65_HS1-834228961_62-HQ-83894_Section_10
Agency: FBI
Page 77
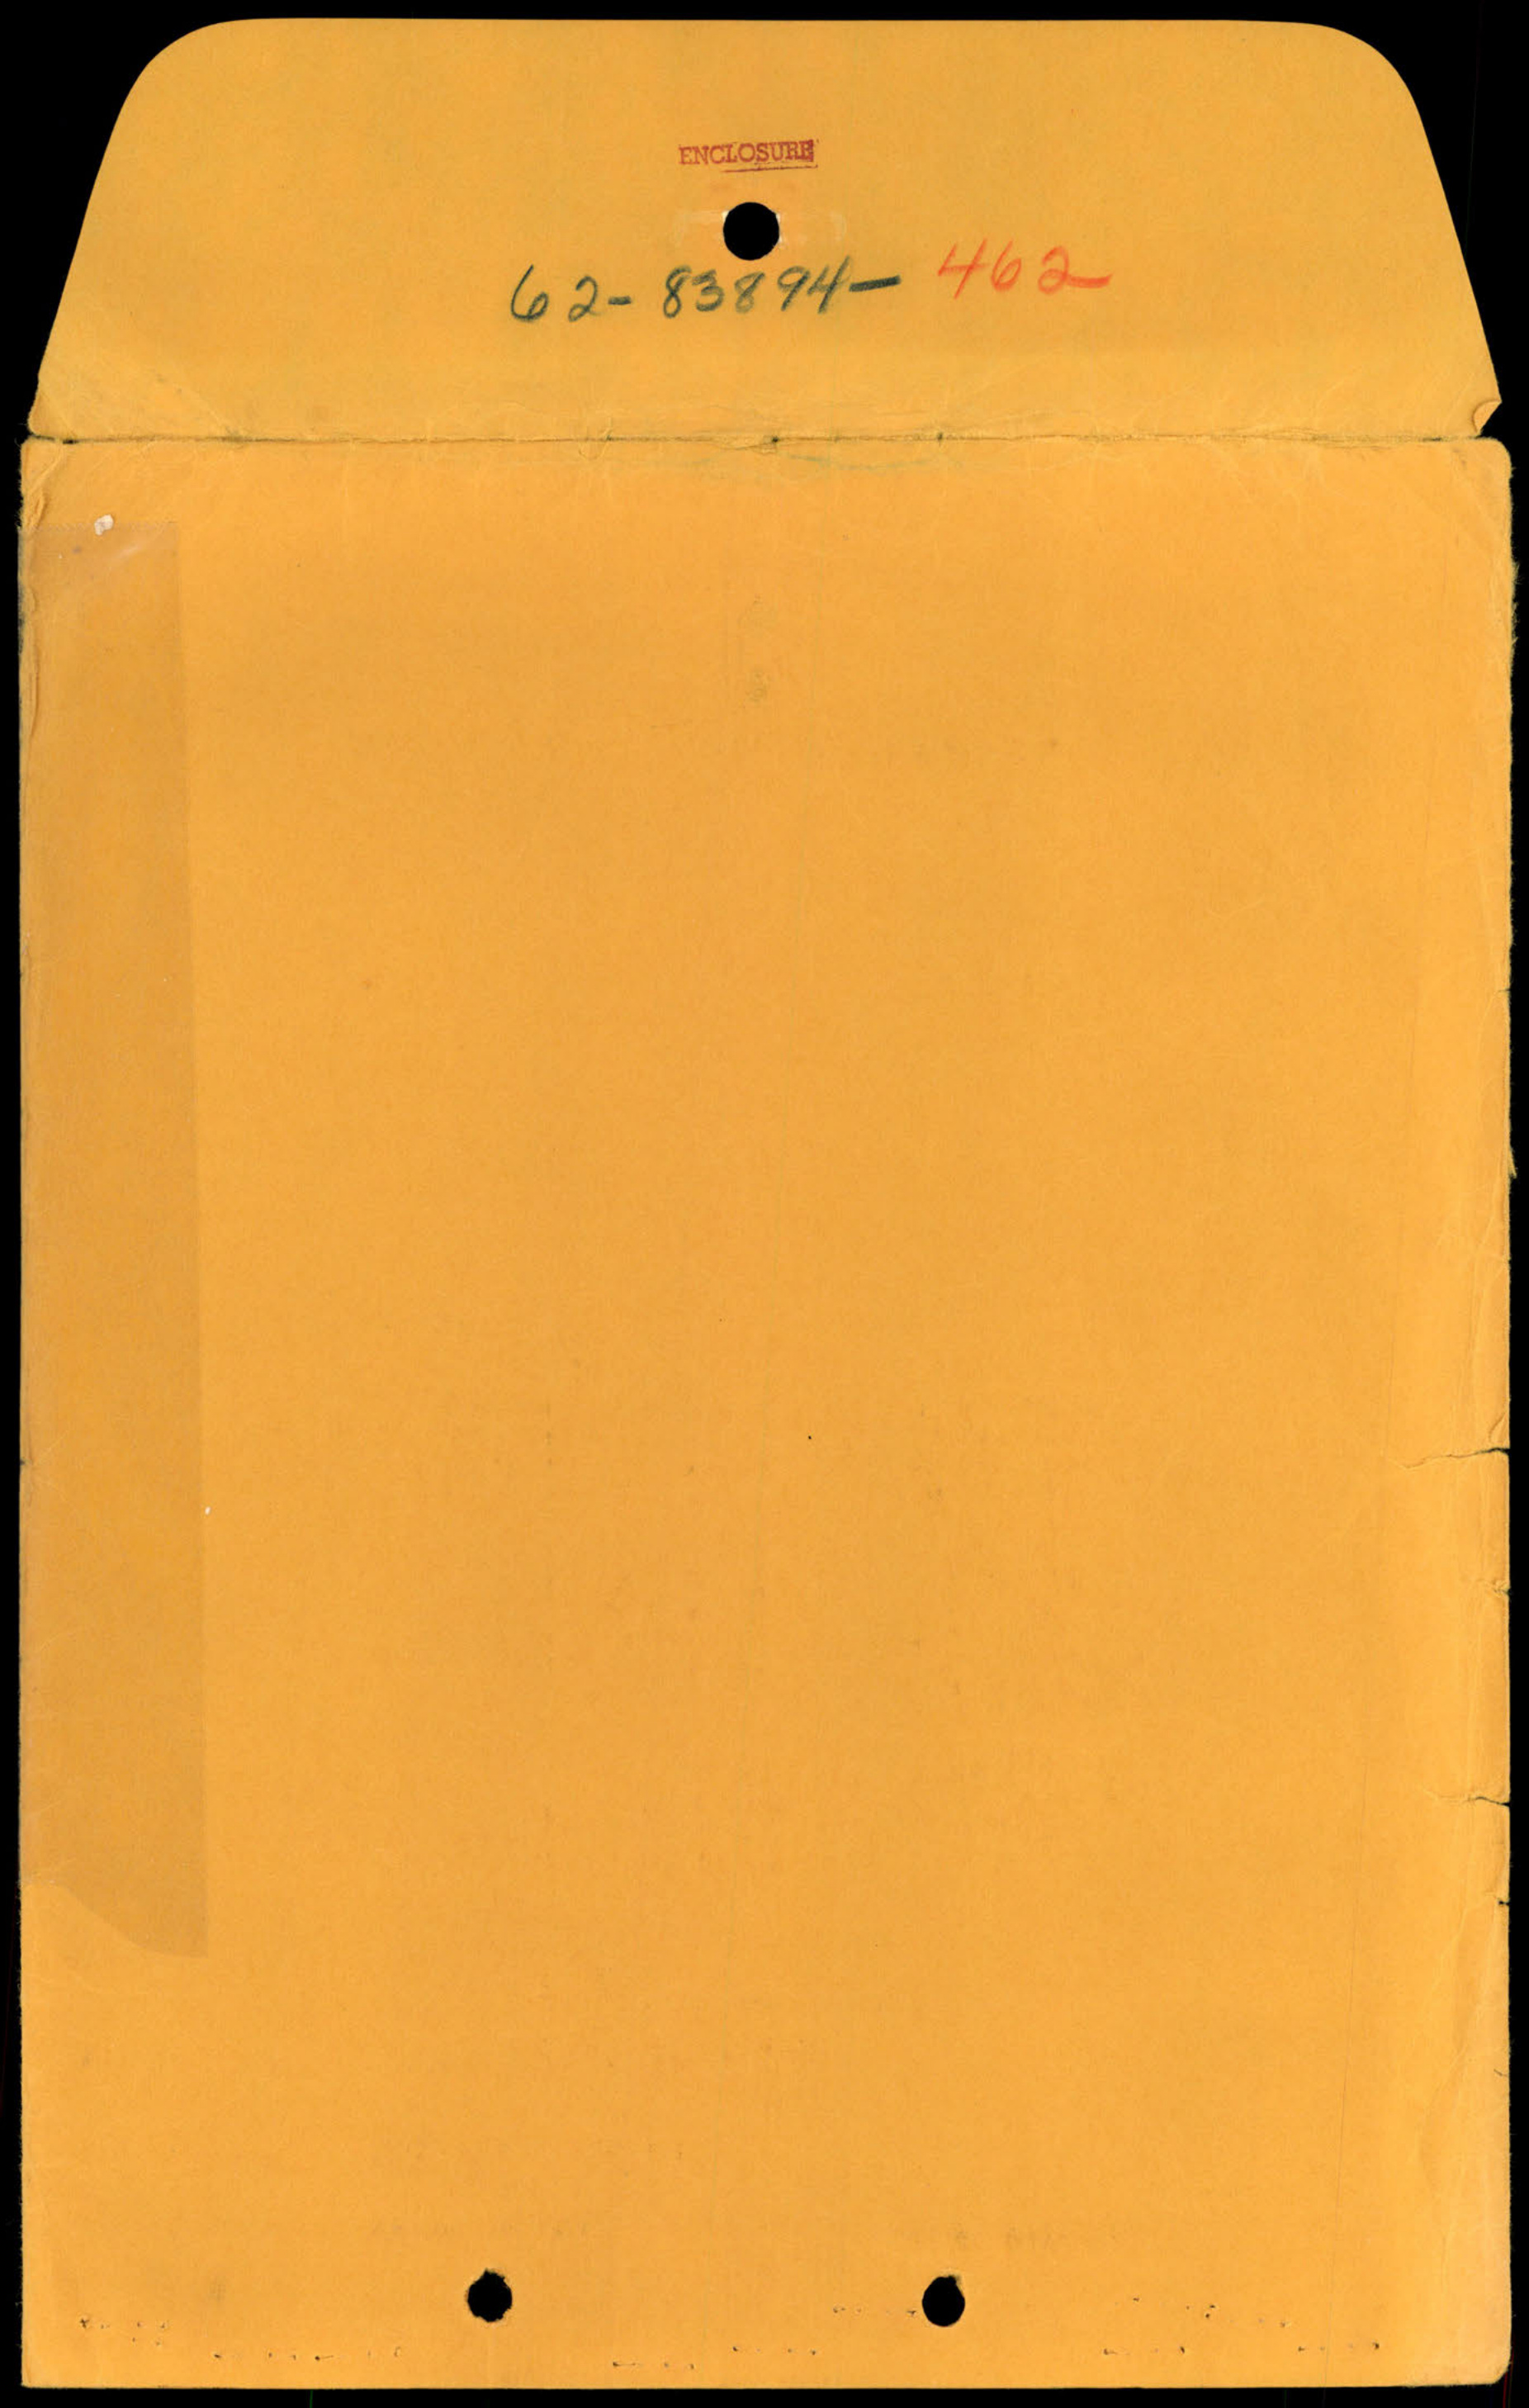